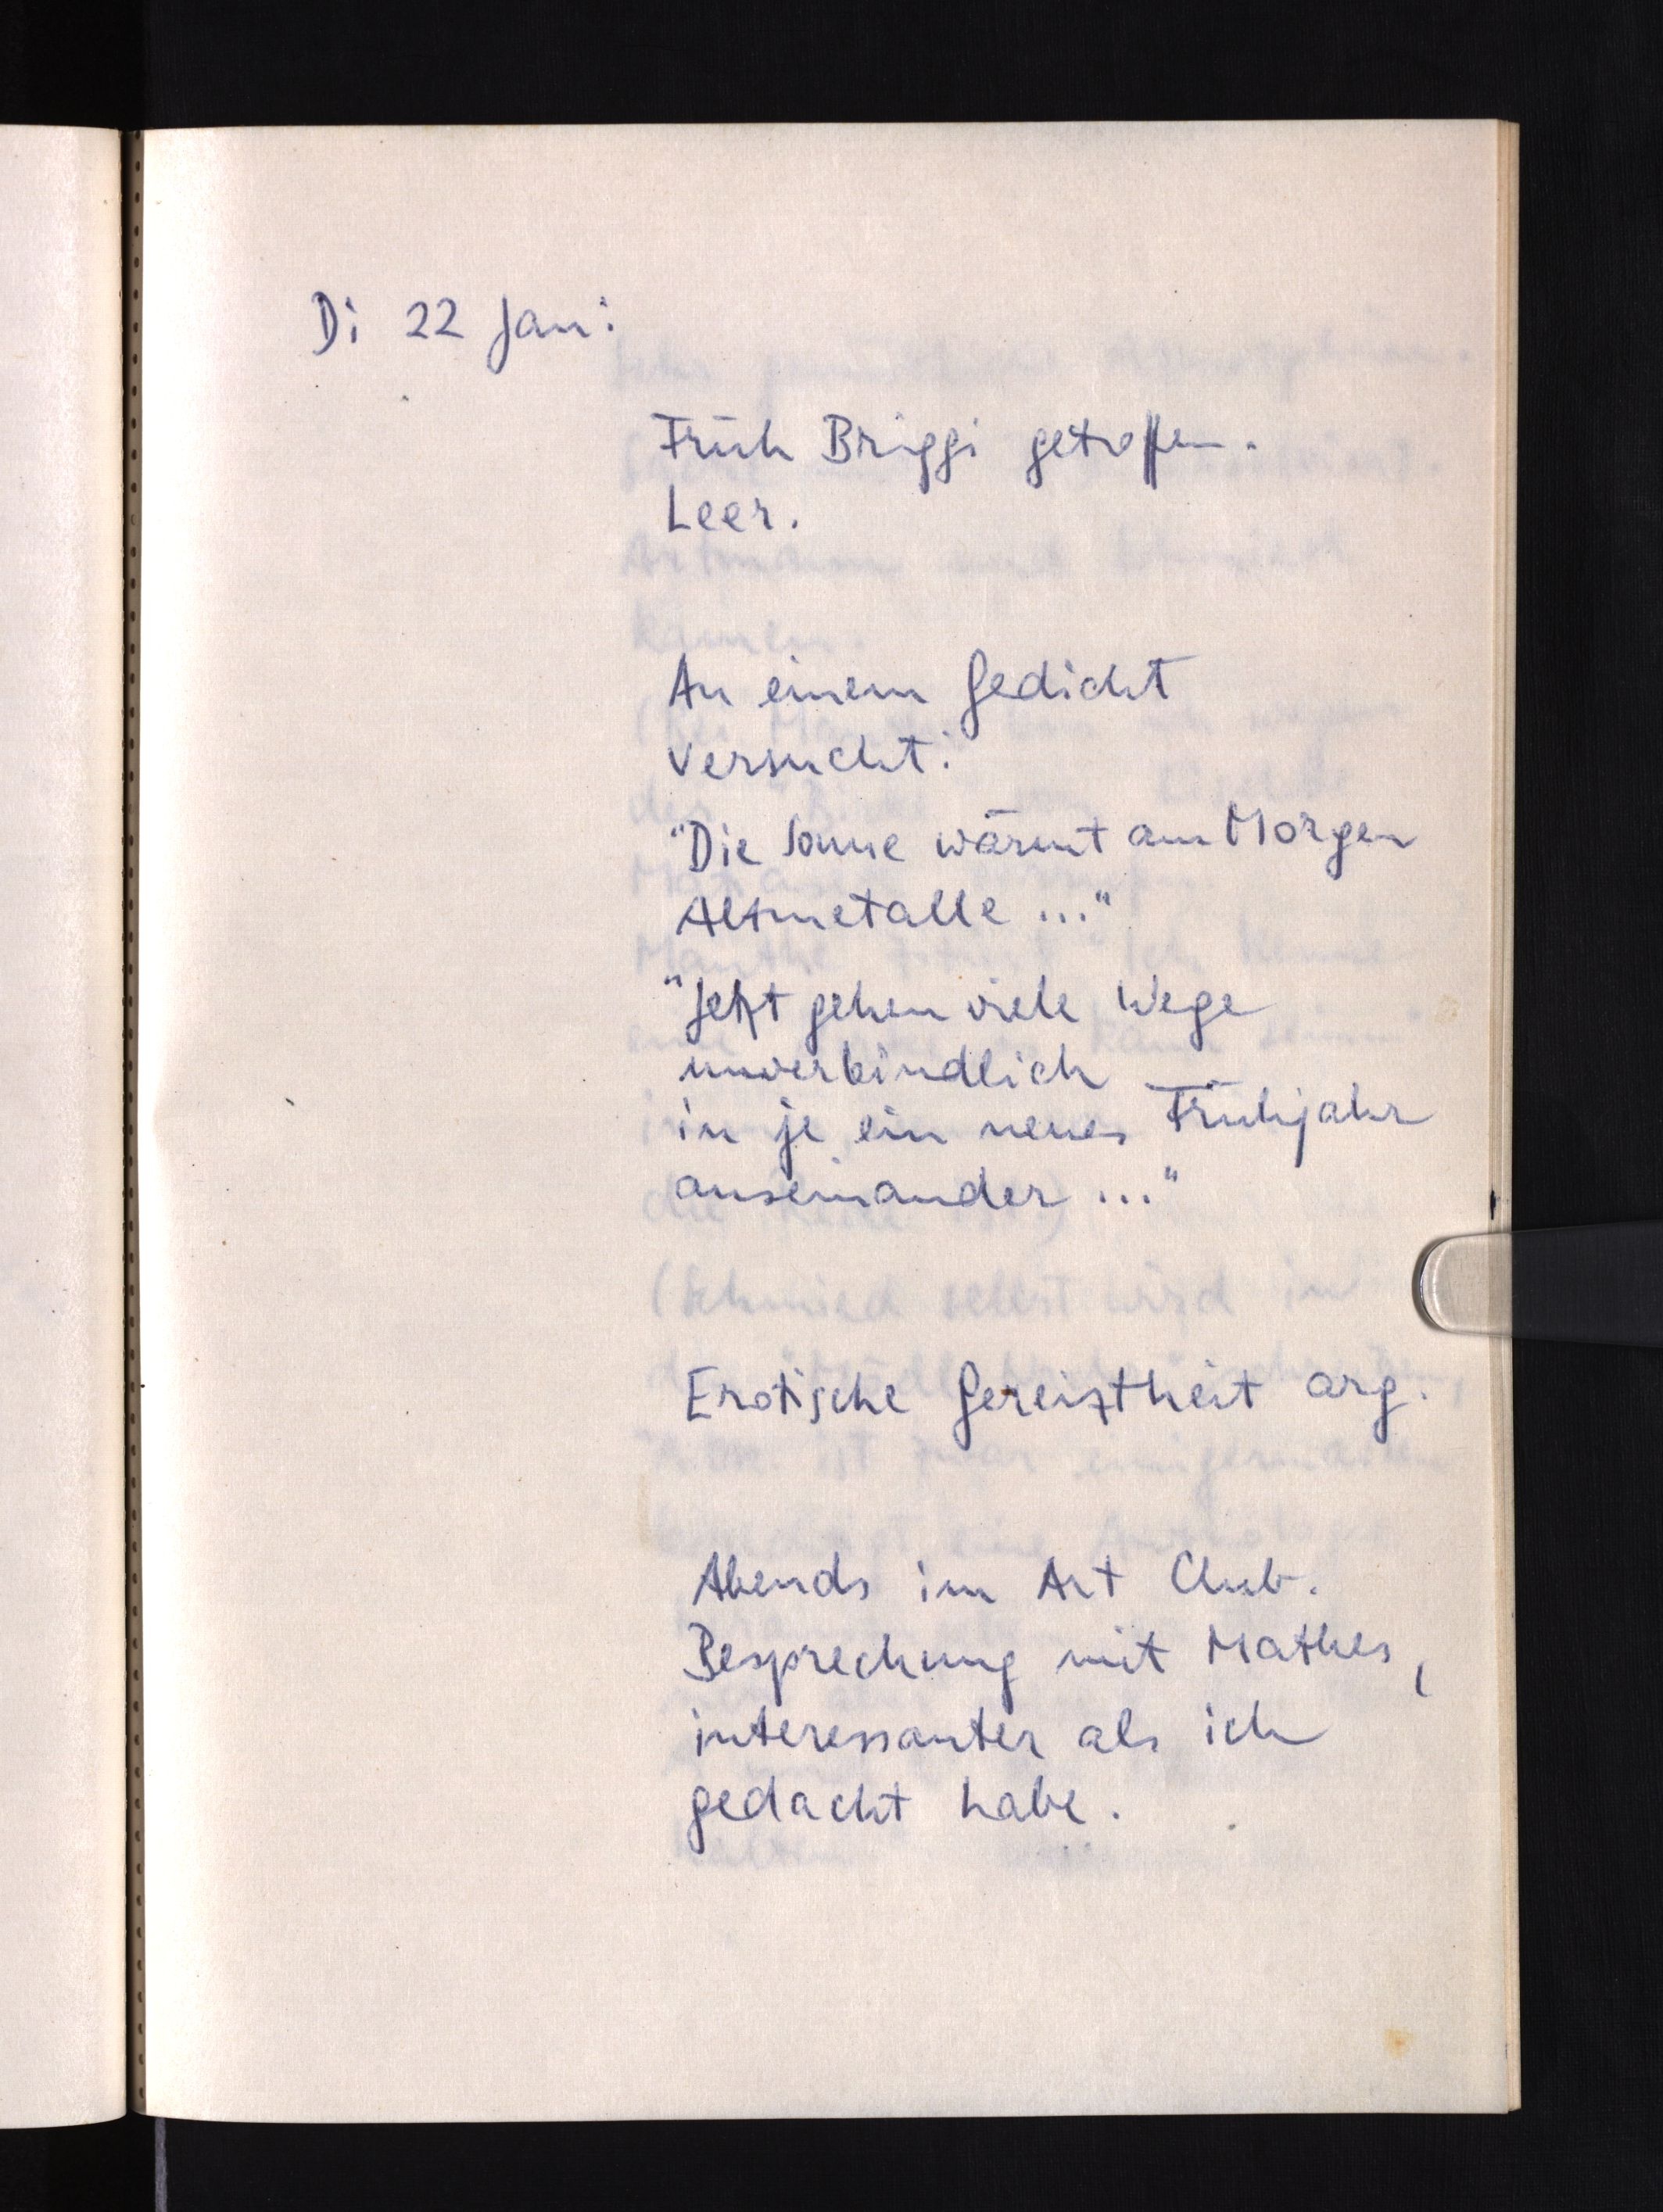
Di 22 Jan:
Früh Briggi getroffen.
Leer.
An einem Gedicht
versucht:
"Die Sonne wärmt am Morgen
Altmetalle ..."
"Jetzt gehen viele Wege
unverbindlich
in je ein neues Frühjahr
auseinander ..."
Erotische Gereiztheit arg.
Abends im Art Club.
Besprechung mit Mathes,
interessanter als ich
gedacht habe.